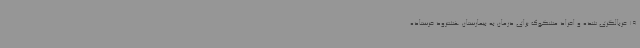
19 غربالگری شده و افراد مشکوک برای درمان به بیمارستان هشترود فرستاده